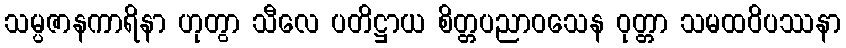
သမ္ပဇာနကာရိနာ ဟုတွာ သီလေ ပတိဋ္ဌာယ စိတ္တပညာဝသေန ဝုတ္တာ သမထဝိပဿနာ